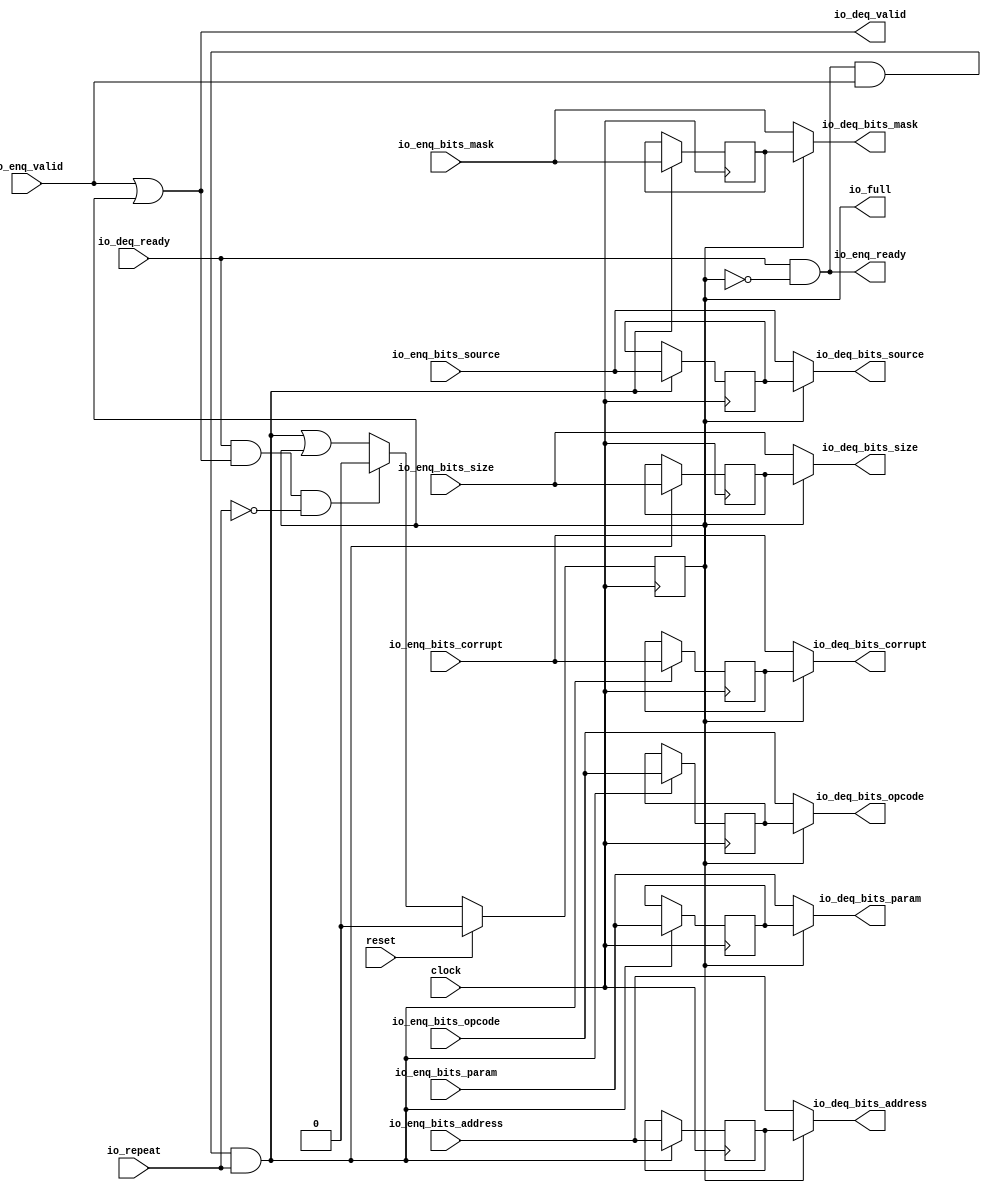
module Repeater_4( // @[:freechips.rocketchip.system.DefaultRV32Config.fir@66262.2]
  input         clock, // @[:freechips.rocketchip.system.DefaultRV32Config.fir@66263.4]
  input         reset, // @[:freechips.rocketchip.system.DefaultRV32Config.fir@66264.4]
  input         io_repeat, // @[:freechips.rocketchip.system.DefaultRV32Config.fir@66265.4]
  output        io_full, // @[:freechips.rocketchip.system.DefaultRV32Config.fir@66265.4]
  output        io_enq_ready, // @[:freechips.rocketchip.system.DefaultRV32Config.fir@66265.4]
  input         io_enq_valid, // @[:freechips.rocketchip.system.DefaultRV32Config.fir@66265.4]
  input  [2:0]  io_enq_bits_opcode, // @[:freechips.rocketchip.system.DefaultRV32Config.fir@66265.4]
  input  [2:0]  io_enq_bits_param, // @[:freechips.rocketchip.system.DefaultRV32Config.fir@66265.4]
  input  [2:0]  io_enq_bits_size, // @[:freechips.rocketchip.system.DefaultRV32Config.fir@66265.4]
  input  [4:0]  io_enq_bits_source, // @[:freechips.rocketchip.system.DefaultRV32Config.fir@66265.4]
  input  [16:0] io_enq_bits_address, // @[:freechips.rocketchip.system.DefaultRV32Config.fir@66265.4]
  input  [3:0]  io_enq_bits_mask, // @[:freechips.rocketchip.system.DefaultRV32Config.fir@66265.4]
  input         io_enq_bits_corrupt, // @[:freechips.rocketchip.system.DefaultRV32Config.fir@66265.4]
  input         io_deq_ready, // @[:freechips.rocketchip.system.DefaultRV32Config.fir@66265.4]
  output        io_deq_valid, // @[:freechips.rocketchip.system.DefaultRV32Config.fir@66265.4]
  output [2:0]  io_deq_bits_opcode, // @[:freechips.rocketchip.system.DefaultRV32Config.fir@66265.4]
  output [2:0]  io_deq_bits_param, // @[:freechips.rocketchip.system.DefaultRV32Config.fir@66265.4]
  output [2:0]  io_deq_bits_size, // @[:freechips.rocketchip.system.DefaultRV32Config.fir@66265.4]
  output [4:0]  io_deq_bits_source, // @[:freechips.rocketchip.system.DefaultRV32Config.fir@66265.4]
  output [16:0] io_deq_bits_address, // @[:freechips.rocketchip.system.DefaultRV32Config.fir@66265.4]
  output [3:0]  io_deq_bits_mask, // @[:freechips.rocketchip.system.DefaultRV32Config.fir@66265.4]
  output        io_deq_bits_corrupt // @[:freechips.rocketchip.system.DefaultRV32Config.fir@66265.4]
);
`ifdef RANDOMIZE_REG_INIT
  reg [31:0] _RAND_0;
  reg [31:0] _RAND_1;
  reg [31:0] _RAND_2;
  reg [31:0] _RAND_3;
  reg [31:0] _RAND_4;
  reg [31:0] _RAND_5;
  reg [31:0] _RAND_6;
  reg [31:0] _RAND_7;
`endif // RANDOMIZE_REG_INIT
  reg  full; // @[Repeater.scala 19:21:freechips.rocketchip.system.DefaultRV32Config.fir@66267.4]
  reg [2:0] saved_opcode; // @[Repeater.scala 20:18:freechips.rocketchip.system.DefaultRV32Config.fir@66268.4]
  reg [2:0] saved_param; // @[Repeater.scala 20:18:freechips.rocketchip.system.DefaultRV32Config.fir@66268.4]
  reg [2:0] saved_size; // @[Repeater.scala 20:18:freechips.rocketchip.system.DefaultRV32Config.fir@66268.4]
  reg [4:0] saved_source; // @[Repeater.scala 20:18:freechips.rocketchip.system.DefaultRV32Config.fir@66268.4]
  reg [16:0] saved_address; // @[Repeater.scala 20:18:freechips.rocketchip.system.DefaultRV32Config.fir@66268.4]
  reg [3:0] saved_mask; // @[Repeater.scala 20:18:freechips.rocketchip.system.DefaultRV32Config.fir@66268.4]
  reg  saved_corrupt; // @[Repeater.scala 20:18:freechips.rocketchip.system.DefaultRV32Config.fir@66268.4]
  wire  _T_1; // @[Repeater.scala 24:35:freechips.rocketchip.system.DefaultRV32Config.fir@66271.4]
  wire  _T_4; // @[Decoupled.scala 40:37:freechips.rocketchip.system.DefaultRV32Config.fir@66284.4]
  wire  _T_5; // @[Repeater.scala 28:23:freechips.rocketchip.system.DefaultRV32Config.fir@66285.4]
  wire  _GEN_0; // @[Repeater.scala 28:38:freechips.rocketchip.system.DefaultRV32Config.fir@66286.4]
  wire  _T_6; // @[Decoupled.scala 40:37:freechips.rocketchip.system.DefaultRV32Config.fir@66297.4]
  wire  _T_7; // @[Repeater.scala 29:26:freechips.rocketchip.system.DefaultRV32Config.fir@66298.4]
  wire  _T_8; // @[Repeater.scala 29:23:freechips.rocketchip.system.DefaultRV32Config.fir@66299.4]
  assign _T_1 = ~full; // @[Repeater.scala 24:35:freechips.rocketchip.system.DefaultRV32Config.fir@66271.4]
  assign _T_4 = io_enq_ready & io_enq_valid; // @[Decoupled.scala 40:37:freechips.rocketchip.system.DefaultRV32Config.fir@66284.4]
  assign _T_5 = _T_4 & io_repeat; // @[Repeater.scala 28:23:freechips.rocketchip.system.DefaultRV32Config.fir@66285.4]
  assign _GEN_0 = _T_5 | full; // @[Repeater.scala 28:38:freechips.rocketchip.system.DefaultRV32Config.fir@66286.4]
  assign _T_6 = io_deq_ready & io_deq_valid; // @[Decoupled.scala 40:37:freechips.rocketchip.system.DefaultRV32Config.fir@66297.4]
  assign _T_7 = ~io_repeat; // @[Repeater.scala 29:26:freechips.rocketchip.system.DefaultRV32Config.fir@66298.4]
  assign _T_8 = _T_6 & _T_7; // @[Repeater.scala 29:23:freechips.rocketchip.system.DefaultRV32Config.fir@66299.4]
  assign io_full = full; // @[Repeater.scala 26:11:freechips.rocketchip.system.DefaultRV32Config.fir@66283.4]
  assign io_enq_ready = io_deq_ready & _T_1; // @[Repeater.scala 24:16:freechips.rocketchip.system.DefaultRV32Config.fir@66273.4]
  assign io_deq_valid = io_enq_valid | full; // @[Repeater.scala 23:16:freechips.rocketchip.system.DefaultRV32Config.fir@66270.4]
  assign io_deq_bits_opcode = full ? saved_opcode : io_enq_bits_opcode; // @[Repeater.scala 25:15:freechips.rocketchip.system.DefaultRV32Config.fir@66282.4]
  assign io_deq_bits_param = full ? saved_param : io_enq_bits_param; // @[Repeater.scala 25:15:freechips.rocketchip.system.DefaultRV32Config.fir@66281.4]
  assign io_deq_bits_size = full ? saved_size : io_enq_bits_size; // @[Repeater.scala 25:15:freechips.rocketchip.system.DefaultRV32Config.fir@66280.4]
  assign io_deq_bits_source = full ? saved_source : io_enq_bits_source; // @[Repeater.scala 25:15:freechips.rocketchip.system.DefaultRV32Config.fir@66279.4]
  assign io_deq_bits_address = full ? saved_address : io_enq_bits_address; // @[Repeater.scala 25:15:freechips.rocketchip.system.DefaultRV32Config.fir@66278.4]
  assign io_deq_bits_mask = full ? saved_mask : io_enq_bits_mask; // @[Repeater.scala 25:15:freechips.rocketchip.system.DefaultRV32Config.fir@66277.4]
  assign io_deq_bits_corrupt = full ? saved_corrupt : io_enq_bits_corrupt; // @[Repeater.scala 25:15:freechips.rocketchip.system.DefaultRV32Config.fir@66275.4]
`ifdef RANDOMIZE_GARBAGE_ASSIGN
`define RANDOMIZE
`endif
`ifdef RANDOMIZE_INVALID_ASSIGN
`define RANDOMIZE
`endif
`ifdef RANDOMIZE_REG_INIT
`define RANDOMIZE
`endif
`ifdef RANDOMIZE_MEM_INIT
`define RANDOMIZE
`endif
`ifndef RANDOM
`define RANDOM $random
`endif
`ifdef RANDOMIZE_MEM_INIT
  integer initvar;
`endif
`ifndef SYNTHESIS
`ifdef FIRRTL_BEFORE_INITIAL
`FIRRTL_BEFORE_INITIAL
`endif
initial begin
  `ifdef RANDOMIZE
    `ifdef INIT_RANDOM
      `INIT_RANDOM
    `endif
    `ifndef VERILATOR
      `ifdef RANDOMIZE_DELAY
        #`RANDOMIZE_DELAY begin end
      `else
        #0.002 begin end
      `endif
    `endif
`ifdef RANDOMIZE_REG_INIT
  _RAND_0 = {1{`RANDOM}};
  full = _RAND_0[0:0];
  _RAND_1 = {1{`RANDOM}};
  saved_opcode = _RAND_1[2:0];
  _RAND_2 = {1{`RANDOM}};
  saved_param = _RAND_2[2:0];
  _RAND_3 = {1{`RANDOM}};
  saved_size = _RAND_3[2:0];
  _RAND_4 = {1{`RANDOM}};
  saved_source = _RAND_4[4:0];
  _RAND_5 = {1{`RANDOM}};
  saved_address = _RAND_5[16:0];
  _RAND_6 = {1{`RANDOM}};
  saved_mask = _RAND_6[3:0];
  _RAND_7 = {1{`RANDOM}};
  saved_corrupt = _RAND_7[0:0];
`endif // RANDOMIZE_REG_INIT
  `endif // RANDOMIZE
end // initial
`ifdef FIRRTL_AFTER_INITIAL
`FIRRTL_AFTER_INITIAL
`endif
`endif // SYNTHESIS
  always @(posedge clock) begin
    if (reset) begin
      full <= 1'h0;
    end else if (_T_8) begin
      full <= 1'h0;
    end else begin
      full <= _GEN_0;
    end
    if (_T_5) begin
      saved_opcode <= io_enq_bits_opcode;
    end
    if (_T_5) begin
      saved_param <= io_enq_bits_param;
    end
    if (_T_5) begin
      saved_size <= io_enq_bits_size;
    end
    if (_T_5) begin
      saved_source <= io_enq_bits_source;
    end
    if (_T_5) begin
      saved_address <= io_enq_bits_address;
    end
    if (_T_5) begin
      saved_mask <= io_enq_bits_mask;
    end
    if (_T_5) begin
      saved_corrupt <= io_enq_bits_corrupt;
    end
  end
endmodule